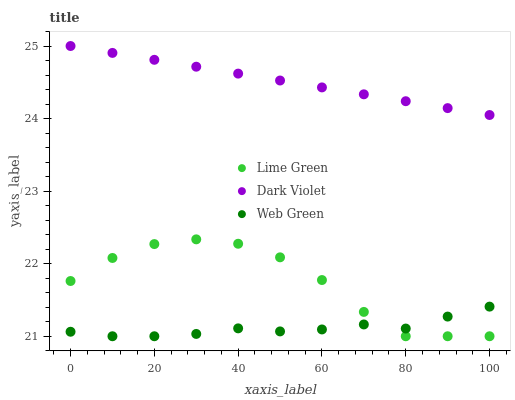
| xaxis_label | Lime Green | Dark Violet | Web Green |
 | --- | --- | --- | --- |
 | 0 | 21.8 | 25 | 21.1 |
 | 10 | 22.1 | 24.9 | 21 |
 | 20 | 22.3 | 24.8 | 21 |
 | 30 | 22.3 | 24.7 | 21 |
 | 40 | 22.3 | 24.6 | 21.1 |
 | 50 | 22.1 | 24.5 | 21.1 |
 | 60 | 21.8 | 24.4 | 21.1 |
 | 70 | 21.3 | 24.3 | 21.2 |
 | 80 | 21 | 24.2 | 21.1 |
 | 90 | 21 | 24.1 | 21.3 |
 | 100 | 21 | 24 | 21.4 |